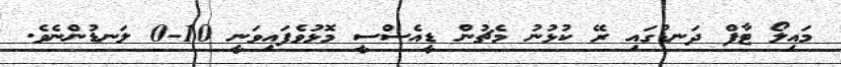
މައިލޯ ޓާފް ދަނޑުގައި ރޭ ކުޅުނު މެޗުން ޑީއެސްސީ މޮޅުވެފައިވަނީ 10-0 ލަނޑުންނެވެ.